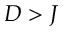
D > J